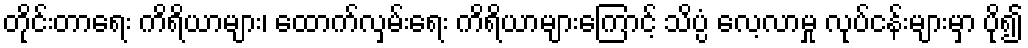
တိုင်းတာရေး ကိရိယာများ၊ ထောက်လှမ်းရေး ကိရိယာများကြောင့် သိပ္ပံ လေ့လာမှု လုပ်ငန်းများမှာ ပို၍